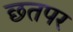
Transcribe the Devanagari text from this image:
छतपर